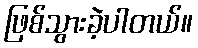
ဖြစ်သွားခဲ့ပါတယ်။